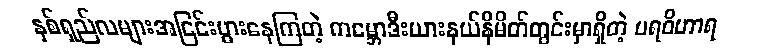
နှစ်ရှည်လများအငြင်းပွားနေကြတဲ့ ကမ္ဘောဒီးယားနယ်နိမိတ်တွင်းမှာရှိတဲ့ ပရဝိဟာရ